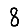
Digit: 8